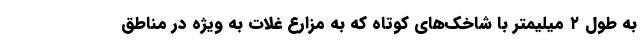
به طول ۲ میلیمتر با شاخک‌های کوتاه که به مزارع غلات به ویژه در مناطق